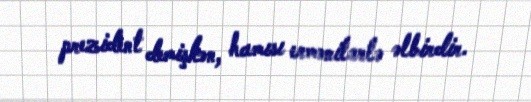
prezident demişkən, hamısı ermənilərlə əlbirdir.